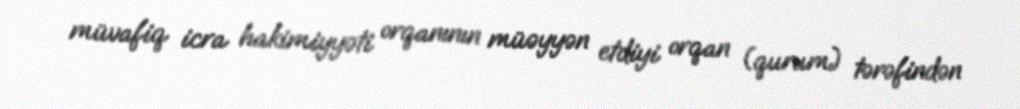
müvafiq icra hakimiyyəti orqanının müəyyən etdiyi orqan (qurum) tərəfindən